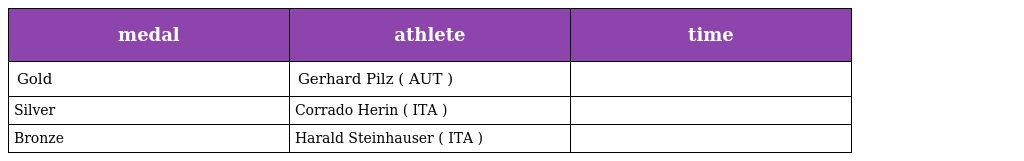
| medal | athlete | time |
 | --- | --- | --- |
 | Gold | Gerhard Pilz ( AUT ) |  |
 | Silver | Corrado Herin ( ITA ) |  |
 | Bronze | Harald Steinhauser ( ITA ) |  |